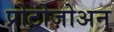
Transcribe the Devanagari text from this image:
प्रोटोज़ोअन